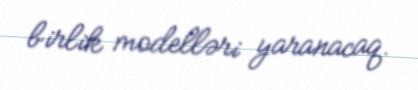
birlik modelləri yaranacaq.